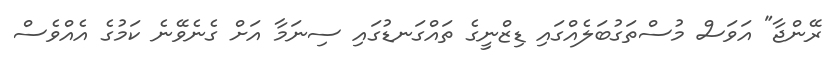
ރޭންޖާ" އަވަސް މުސްތަގުބަލެއްގައި ޑިޒްނީގެ ތައްގަނޑުގައި ސިނަމާ އަށް ގެނެވޭނެ ކަމުގެ އެއްވެސް